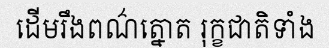
ដើមរឹងពណ៌ត្នោត រុក្ខជាតិទាំង